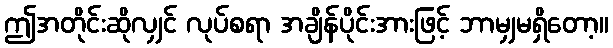
ဤအတိုင်းဆိုလျှင် လုပ်စရာ အချိန်ပိုင်းအားဖြင့် ဘာမျှမရှိတော့။